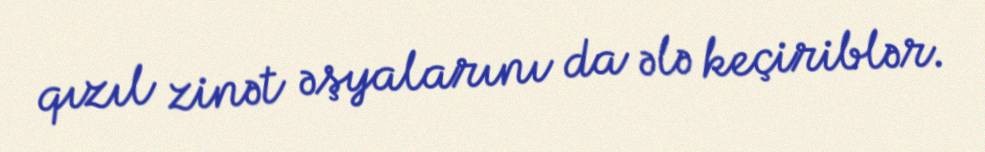
qızıl zinət əşyalarını da ələ keçiriblər.